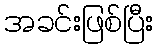
အခင်းဖြစ်ပြီး